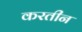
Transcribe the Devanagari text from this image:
करतीन